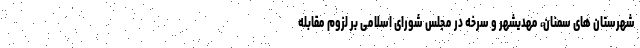
شهرستان های سمنان، مهدیشهر و سرخه در مجلس شورای اسلامی بر لزوم مقابله